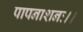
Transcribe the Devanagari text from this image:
पापनाशनः।।